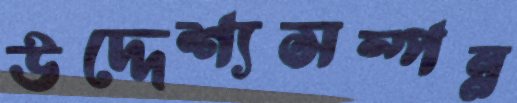
উদ্দেশ্যসম্পন্ন